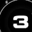
Digit: 3